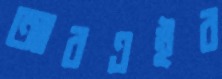
আরএইর